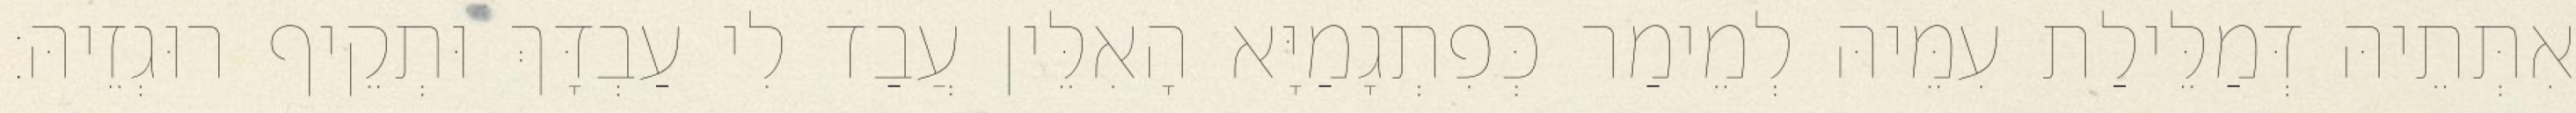
אִתְּתֵיהּ דְּמַלֵּילַת עִמֵּיהּ לְמֵימַר כְּפִתְגָמַיָּא הָאִלֵּין עֲבַד לִי עַבְדָּךְ וּתְקֵיף רוּגְזֵיהּ׃